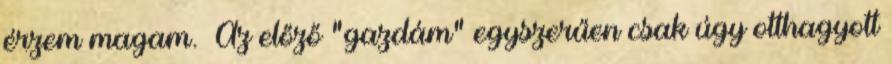
érzem magam. Az előző "gazdám" egyszerűen csak úgy otthagyott